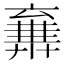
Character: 𠆉